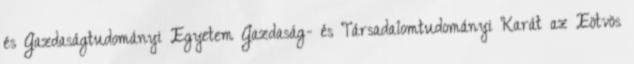
és Gazdaságtudományi Egyetem Gazdaság- és Társadalomtudományi Karát az Eötvös